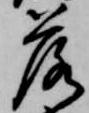
落